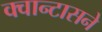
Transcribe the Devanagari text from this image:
क्वान्टासने